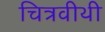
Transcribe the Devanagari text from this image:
चित्रवीथी